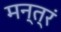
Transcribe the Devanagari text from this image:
मन्‍त्रं